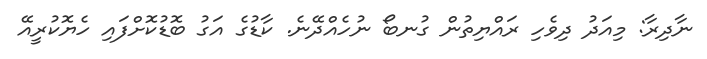
ނާދިރާ: މިއަދު ދިވެހި ރައްޔިތުން ގުނބޯ ނުހެއްދޭނެ. ކާޑުގެ އަގު ބޮޑުކޮށްފައި ހެޔޮކުރީއޭ